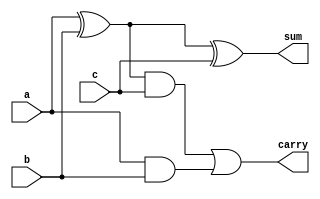
module fulladder(a,b,c,sum,carry);
input a,b,c;
output sum,carry;
wire w1;
wire w2;
wire w3;
xor x1(w1,a,b);
xor x2(sum,w1,c);
and a1(w2,w1,c);
and a2(w3,a,b);
or o1(carry,w2,w3);
endmodule